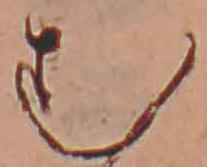
む